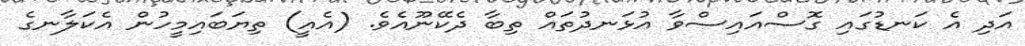
އަދި އެ ކަނޑުގައި ގޮސްއައިސްވާ އުޅަނދުތައް ތިބާ ދެކޭނޫއެވެ. (އެއީ) ތިޔަބައިމީހުން އެކަލާނގެ